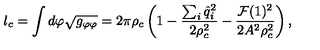
l _ { c } = \int d \varphi \sqrt { g _ { \varphi \varphi } } = 2 \pi \rho _ { c } \left( 1 - { \frac { \sum _ { i } { \hat { q } } _ { i } ^ { 2 } } { 2 \rho _ { c } ^ { 2 } } } - { \frac { { \cal F } ( 1 ) ^ { 2 } } { 2 A ^ { 2 } \rho _ { c } ^ { 2 } } } \right) ,